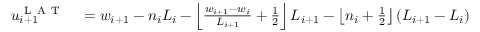
\begin{array} { r l } { u _ { i + 1 } ^ { \mathrm { ~ L ~ A ~ T ~ } } } & { { } = w _ { i + 1 } - n _ { i } L _ { i } - \left\lfloor \frac { w _ { i + 1 } - w _ { i } } { L _ { i + 1 } } + \frac { 1 } { 2 } \right\rfloor L _ { i + 1 } - \left\lfloor n _ { i } + \frac { 1 } { 2 } \right\rfloor ( L _ { i + 1 } - L _ { i } ) } \end{array}